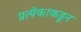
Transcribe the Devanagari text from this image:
प्रत्येकाकडून